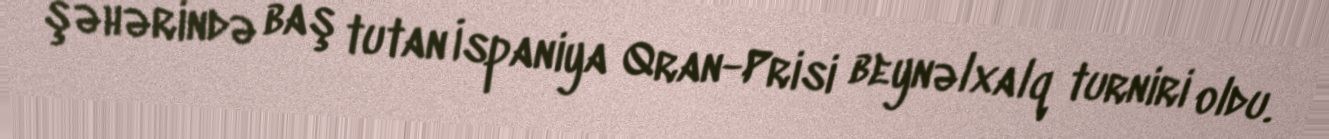
şəhərində baş tutan İspaniya Qran-Prisi beynəlxalq turniri oldu.